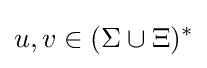
u,v\in (\Sigma \cup \Xi )^{*}